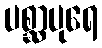
ပစ္ဆာပုရေ